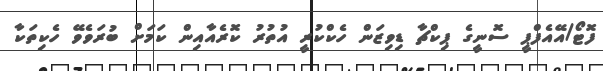
ފޮޓޯ/އޭއެފްޕީ ސޮނީގެ ޕިކްޗާ ޑިވިޒަން ހެކްކުރީ އުތުރު ކޮރެއާއިން ކަމަށް ބުރަވެވޭ ހެކިތަކާ